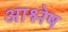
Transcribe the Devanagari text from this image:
आश्लेष